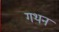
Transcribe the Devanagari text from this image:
गथन